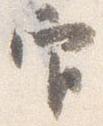
官